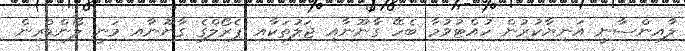
ލާއިންސާނީ އަނިޔާކުރުން ހުއްޓުވުމާ ބެހޭ ގާނޫނާއި ޖަލުތަކާއި ޕެރޯލްގެ ގާނޫނާއި މަނީ ލޯންޑްރިން